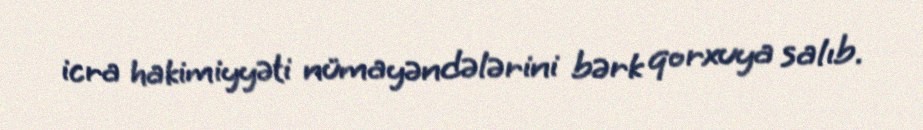
icra hakimiyyəti nümayəndələrini bərk qorxuya salıb.